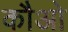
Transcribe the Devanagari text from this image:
कौओ